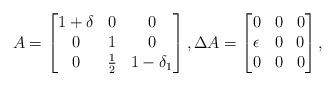
LaTeX: \begin{align*}A = \left[\begin{matrix} 1+\delta & 0 & 0 \\ 0 & 1 & 0 \\ 0 & \frac{1}{2} & 1-\delta_1 \end{matrix} \right], \Delta A = \left[\begin{matrix}0 & 0 & 0 \\\epsilon & 0 & 0 \\ 0 & 0 & 0 \end{matrix} \right], \end{align*}